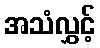
အသံလွှင့်